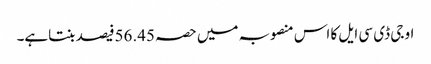
او جی ڈی سی ایل کا اس منصوبہ میں حصہ 56.45فیصد بنتاہے۔